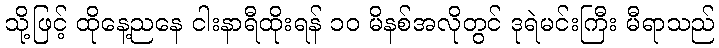
သို့ဖြင့် ထိုနေ့ညနေ ငါးနာရီထိုးရန် ၁၀ မိနစ်အလိုတွင် ဒုရဲမင်းကြီး မီရာသည်